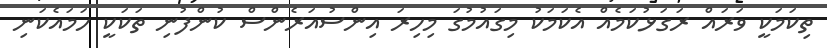
ތިކަމަކީ ވަރައް ރަގަޅުކަމެއް އެކަމަކު މިގައުމުގަ މިހިރަ އިންސުއަރެންސް ކުންފުނި ތަކަކީ ހަމައެކަނި